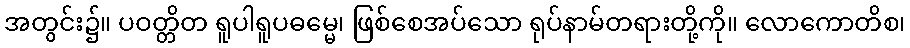
အတွင်း၌။ ပဝတ္တိတ ရူပါရူပဓမ္မေ၊ ဖြစ်စေအပ်သော ရုပ်နာမ်တရားတို့ကို။ လောကောတိစ၊